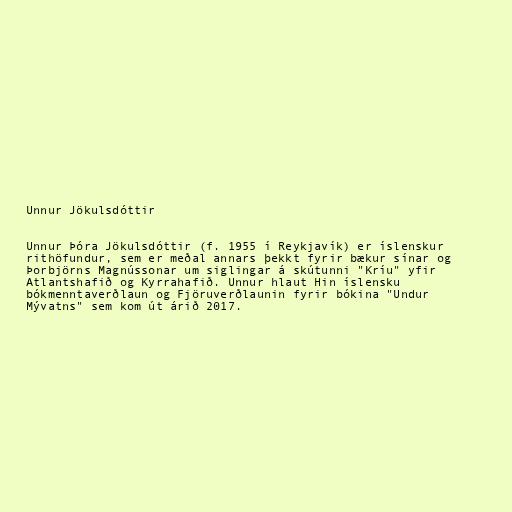
Unnur Jökulsdóttir

Unnur Þóra Jökulsdóttir (f. 1955 í Reykjavík) er íslenskur
rithöfundur, sem er meðal annars þekkt fyrir bækur sínar og
Þorbjörns Magnússonar um siglingar á skútunni "Kríu" yfir
Atlantshafið og Kyrrahafið. Unnur hlaut Hin íslensku
bókmenntaverðlaun og Fjöruverðlaunin fyrir bókina "Undur
Mývatns" sem kom út árið 2017.